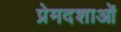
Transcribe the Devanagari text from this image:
प्रेमदशाओं